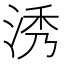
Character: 𣵛